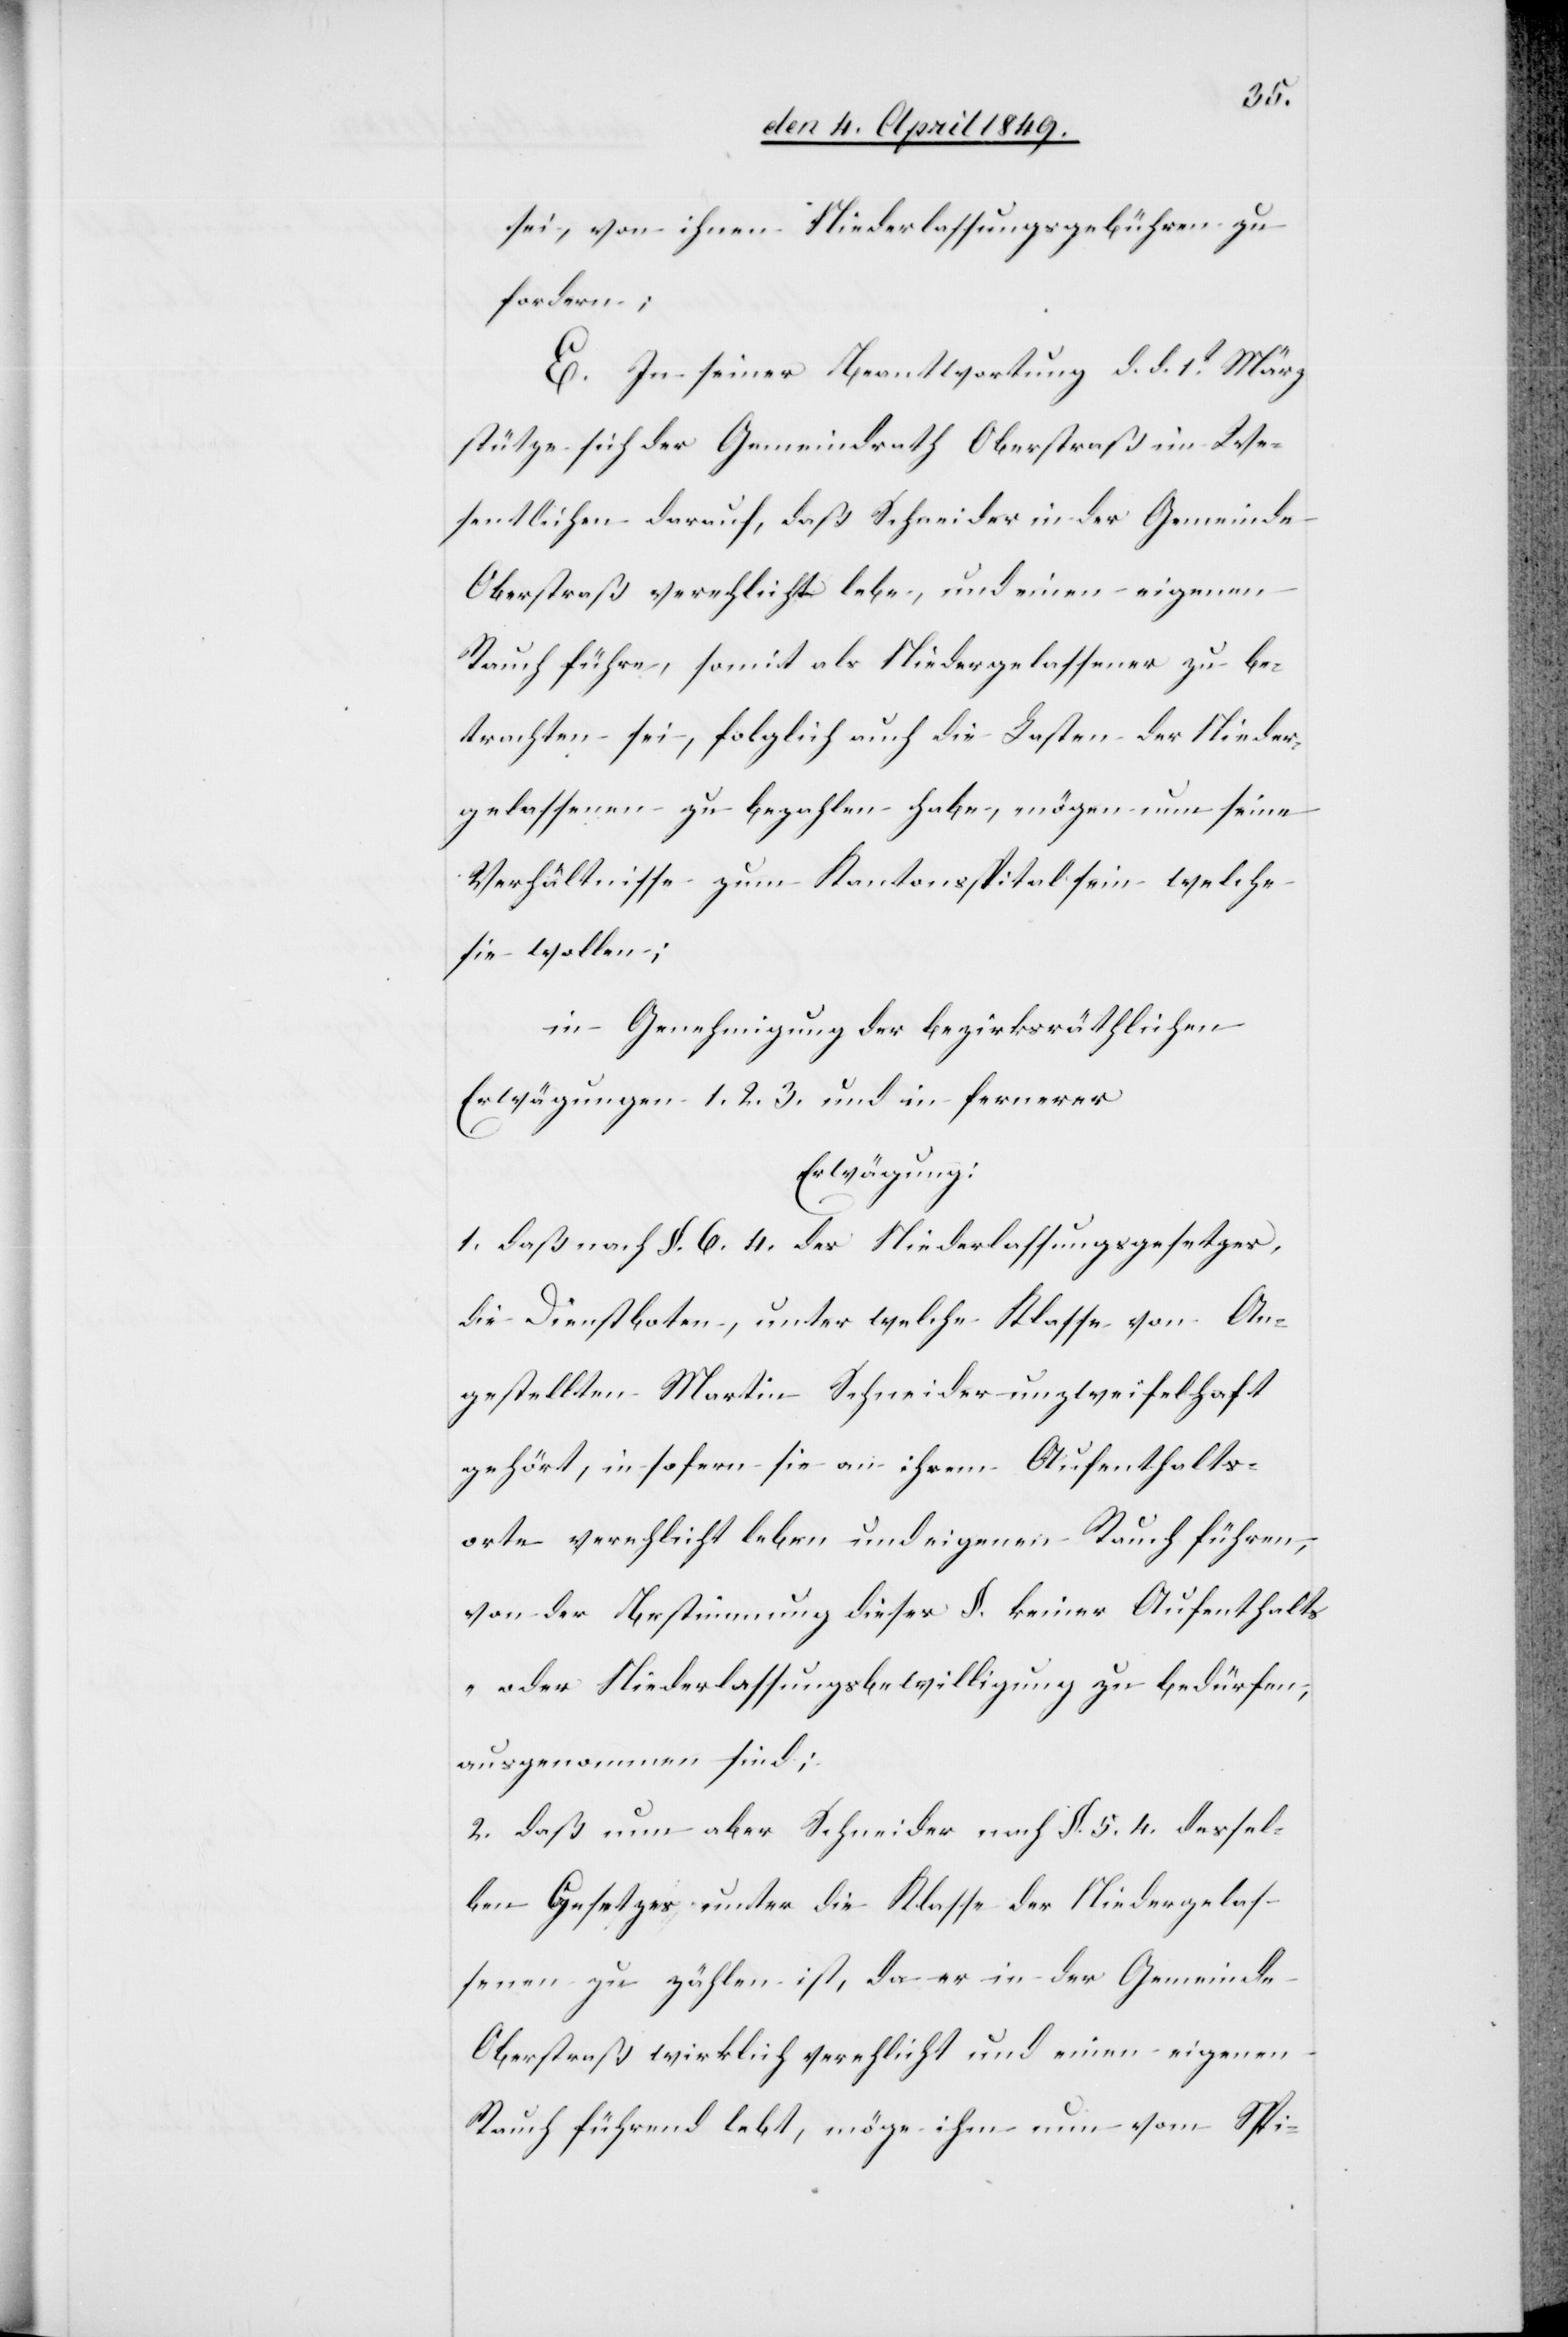
sei, von ihnen Niederlassungsgebühren zu
fordern;
E. In seiner Beantwortung d. d. 1t März
stütze sich der Gemeindrath Oberstraß im We¬
sentlichen darauf, daß Schneider in der Gemeinde
Oberstraß verehlicht lebe, und einen eigenen
Rauch führe, somit als Niedergelassener zu be¬
trachten sei, folglich auch die Lasten der Nieder¬
gelassenen zu bezahlen habe, mögen nun seine
Verhältnisse zum Kantonsspital sein – welche
sie wollen:
in Genehmigung der bezirksräthlichen
Erwägungen 1. 2. 3. und in fernerer
Erwägung:
1. Daß nach §. 6. 4. des Niederlassungsgesetzes,
die Dienstboten, unter welche Klasse von An¬
gestellten Martin Schneider unzweifelhaft
gehört, in sofern sie an ihrem Aufenthalts¬
orte verehlicht leben und eigenen Rauch führen,
von der Bestimmung dieser §. keiner Aufenthalts-
oder Niederlassungsbewilligung zu bedürfen,
ausgenommen sind;
2. daß nun aber Schneider nach §. 5. 4. dessel¬
ben Gesetzes unter die Klasse der Niedergelas¬
senen zu zählen ist, da er in der Gemeinde
Oberstraß wirklich verehlicht und einen eigenen
Rauch führend lebt, möge ihm nun vom Spi-